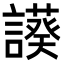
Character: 𧬧